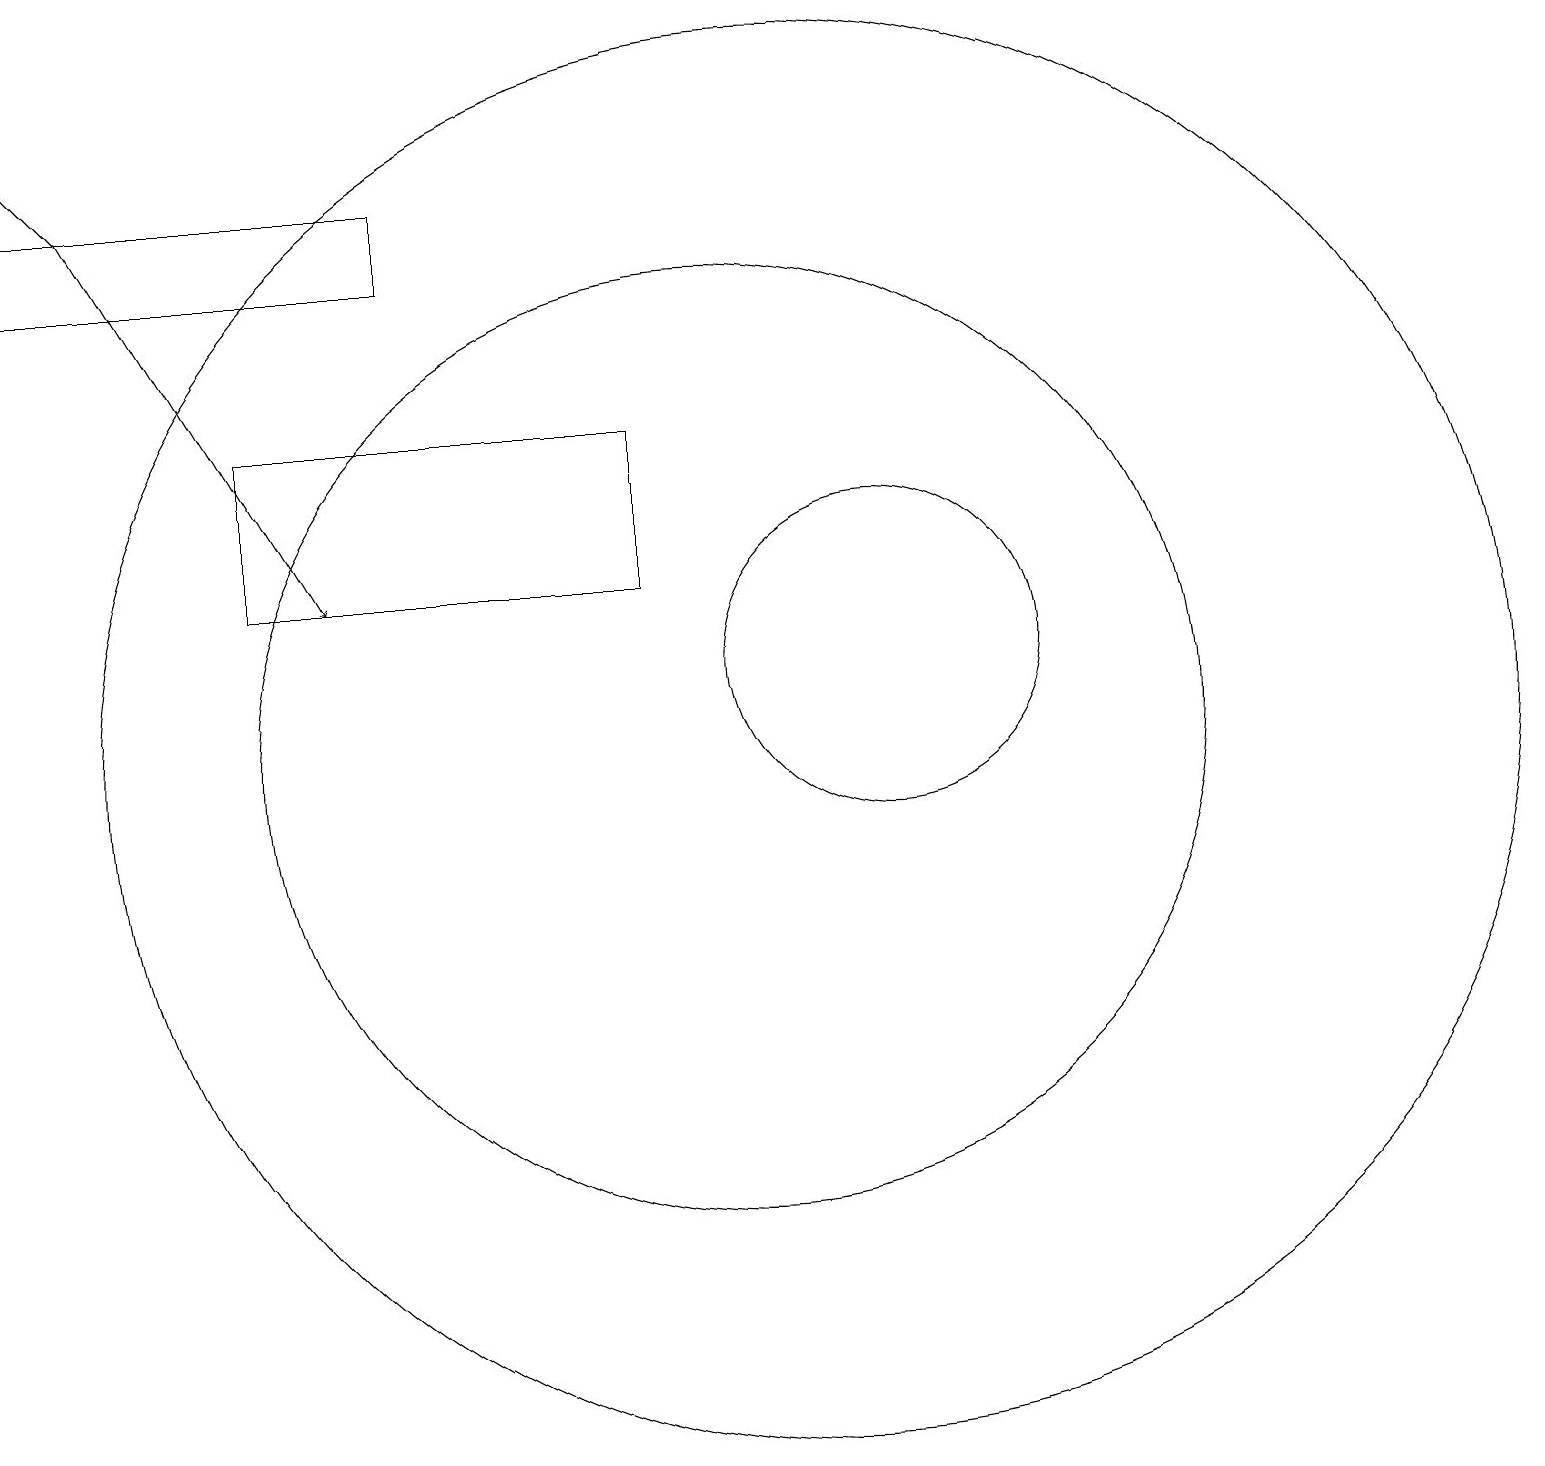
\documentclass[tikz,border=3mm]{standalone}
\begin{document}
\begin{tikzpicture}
\draw[->] (2,18) -- (1,19);
\draw (10,11) circle (6);
\draw (12,12) circle (2);
\draw (4,15) rectangle (9,13);
\draw (11,11) circle (9);
\draw (6,18) rectangle (1,17);
\draw[->] (2,18) -- (5,13);
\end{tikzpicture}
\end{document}